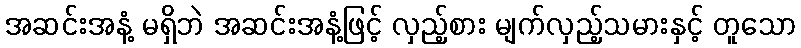
အဆင်းအနံ့ မရှိဘဲ အဆင်းအနံ့ဖြင့် လှည့်စား မျက်လှည့်သမားနှင့် တူသော